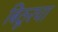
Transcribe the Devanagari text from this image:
बिठूरचा